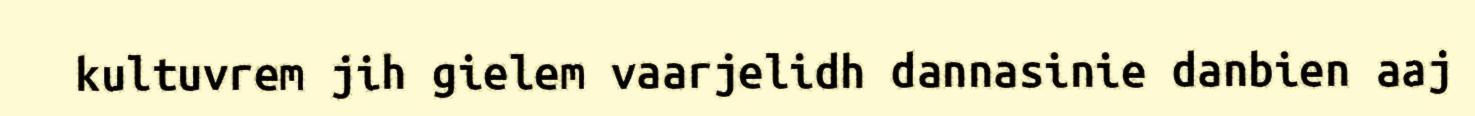
kultuvrem jih gielem vaarjelidh dannasinie danbien aaj